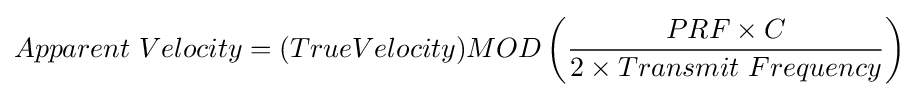
Apparent\ Velocity=(TrueVelocity)MOD\left({\frac {PRF\times C}{2\times Transmit\ Frequency}}\right)